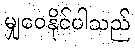
မျှဝေနိုင်ပါသည်